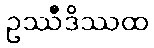
ဥဿီဒိဿထ